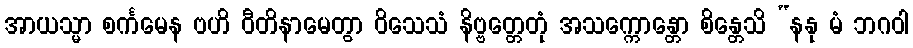
အာယသ္မာ စင်္ကမေန ဗဟိ ဝီတိနာမေတွာ ဝိသေသံ နိဗ္ဗတ္တေတုံ အသက္ကောန္တော စိန္တေသိ “နနု မံ ဘဂဝါ